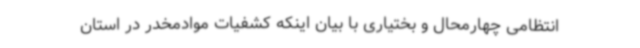
انتظامی چهارمحال و بختیاری با بیان اینکه کشفیات موادمخدر در استان